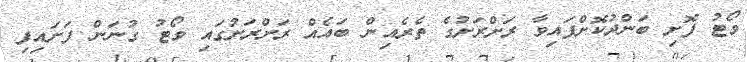
ވޯޓު ފޮށި ބަންދުކޮށްފައިވާ ރަށްރަށުގެ ތެރެއިން ބައެއް ރަށްރަށުގައި ވޯޓު ގުނަން ފަށައިފި